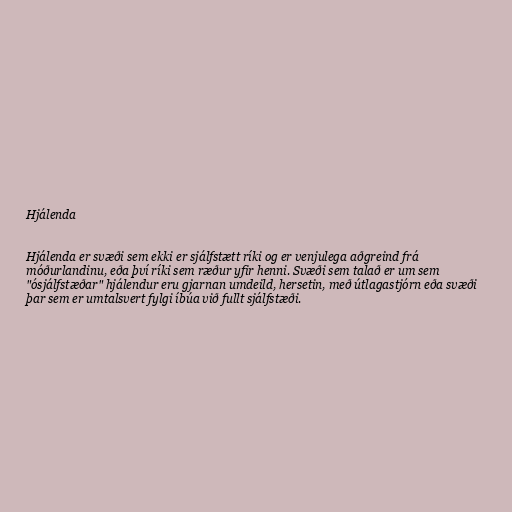
Hjálenda

Hjálenda er svæði sem ekki er sjálfstætt ríki og er venjulega aðgreind frá
móðurlandinu, eða því ríki sem ræður yfir henni. Svæði sem talað er um sem
"ósjálfstæðar" hjálendur eru gjarnan umdeild, hersetin, með útlagastjórn eða svæði
þar sem er umtalsvert fylgi íbúa við fullt sjálfstæði.